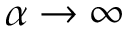
\alpha \rightarrow \infty